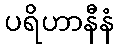
ပရိဟာနီနံ